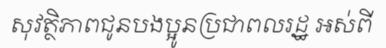
សុវត្ថិភាពជូនបងប្អូនប្រជាពលរដ្ឋ អស់ពី